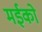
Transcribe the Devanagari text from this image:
मईको